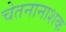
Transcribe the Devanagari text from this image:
चेतनानाशक